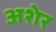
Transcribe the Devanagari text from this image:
अशेर